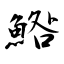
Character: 鯦